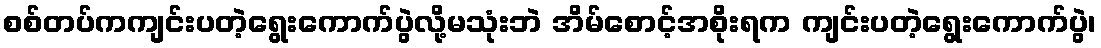
စစ်တပ်ကကျင်းပတဲ့ရွေးကောက်ပွဲလို့မသုံးဘဲ အိမ်စောင့်အစိုးရက ကျင်းပတဲ့ရွေးကောက်ပွဲ၊